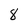
Character: 8